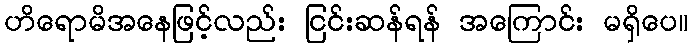
ဟိရောမိအနေဖြင့်လည်း ငြင်းဆန်ရန် အကြောင်း မရှိပေ။